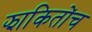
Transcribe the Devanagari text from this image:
झाकितोंच